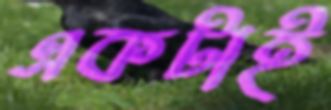
একটাই